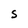
Character: S